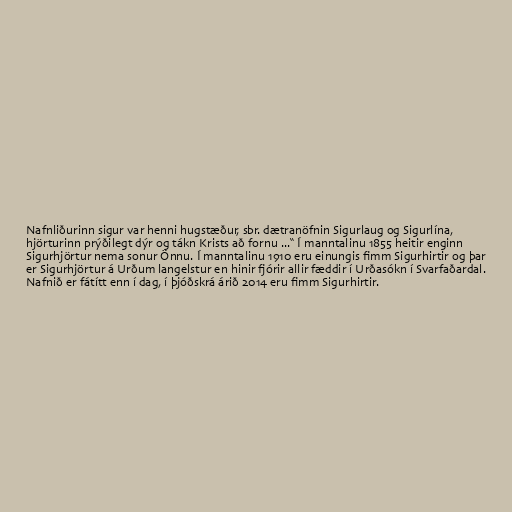
Nafnliðurinn sigur var henni hugstæður, sbr. dætranöfnin Sigurlaug og Sigurlína,
hjörturinn prýðilegt dýr og tákn Krists að fornu ...“ Í manntalinu 1855 heitir enginn
Sigurhjörtur nema sonur Önnu. Í manntalinu 1910 eru einungis fimm Sigurhirtir og þar
er Sigurhjörtur á Urðum langelstur en hinir fjórir allir fæddir í Urðasókn í Svarfaðardal.
Nafnið er fátítt enn í dag, í þjóðskrá árið 2014 eru fimm Sigurhirtir.